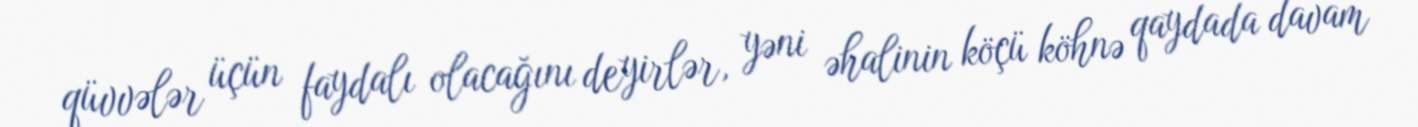
qüvvələr üçün faydalı olacağını deyirlər, yəni əhalinin köçü köhnə qaydada davam